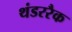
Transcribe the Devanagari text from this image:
थंडररैक